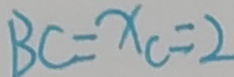
B C = x _ { c } = 2